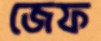
জেফ